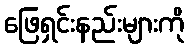
ဖြေရှင်းနည်းများကို